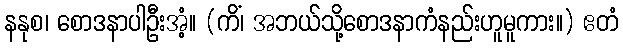
နနုစ၊ စောဒနာပါဦးအံ့။ (ကိံ၊ အဘယ်သို့စောဒနာကံနည်းဟူမူကား။) ဧတံ